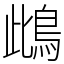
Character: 䳄